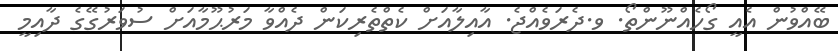
ބޭއްވުން އެއީ ގޯހެއްނޫންތޯ. ވ.ދެރަވެއްޖެ. އާއިލާއަށް ކެތްތެރިކަން ދެއްވާ މަރުޙޫމާއަށް ސުވަރުގޭގެ ދާއިމީ